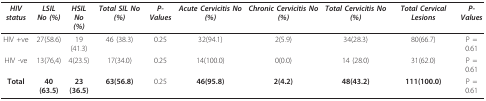
<table><thead><tr><td><b><i>HIV status</i></b></td><td><b><i>LSIL</i><i>No (%)</i></b></td><td><b><i>HSIL</i><i>No (%)</i></b></td><td><b><i>Total SIL No (%)</i></b></td><td><b><i>P-Values</i></b></td><td><b><i>Acute Cervicitis No (%)</i></b></td><td><b><i>Chronic Cervicitis No (%)</i></b></td><td><b><i>Total Cervicitis No (%)</i></b></td><td><b><i>Total Cervical Lesions</i></b></td><td><b><i>P-Values</i></b></td></tr></thead><tbody><tr><td>HIV +ve</td><td>27(58.6)</td><td>19(41.3)</td><td>46 (38.3)</td><td>0.25</td><td>32(94.1)</td><td>2(5.9)</td><td>34(28.3)</td><td>80(66.7)</td><td>P = 0.61</td></tr><tr><td>HIV -ve</td><td>13(76,4)</td><td>4(23.5)</td><td>17(34.0)</td><td>0.25</td><td>14(100.0)</td><td>0(0.0)</td><td>14 (28.0)</td><td>31(62.0)</td><td>P = 0.61</td></tr><tr><td><b>Total</b></td><td><b>40 (63.5)</b></td><td><b>23(36.5)</b></td><td><b>63(56.8)</b></td><td>0.25</td><td><b>46(95.8)</b></td><td><b>2(4.2)</b></td><td><b>48(43.2)</b></td><td><b>111(100.0)</b></td><td>P = 0.61</td></tr></tbody></table>